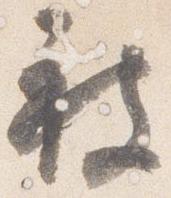
被